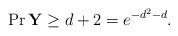
LaTeX: \begin{align*}\Pr{\mathbf{Y}\geq d+2}=e^{-d^2-d}.\end{align*}